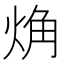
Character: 𧣌